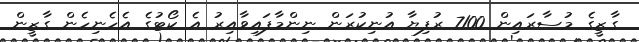
ގާޒީގެ މުސާރައިން 7100 ރުފިޔާ އުނިކުރަން ނިންމާފައިވާއިރު އެ ކޯޓުގެ އެހެނިހެން ގާޒީން